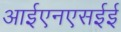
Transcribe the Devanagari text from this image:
आईएनएसईई